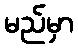
မည်မှာ